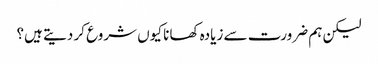
لیکن ہم ضرورت سے زیادہ کھانا کیوں شروع کر دیتے ہیں؟